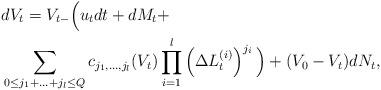
LaTeX: \begin{align*} &dV_t=V_{t-}\Big( u_t dt+ dM_t+\\ &\sum_{0 \leq j_1+\ldots+j_l \leq Q} c_{j_1,\ldots,j_l}(V_t) \prod_{i=1}^{l} \left(\Delta L^{(i)}_t\right)^{j_i}\Big)+ (V_0-V_t)dN_t,\end{align*}